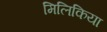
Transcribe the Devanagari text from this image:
मिलिकिया